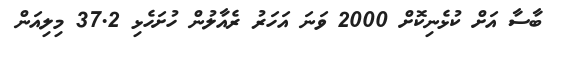
ބާސާ އަށް ކުޅެނިކޮށް 2000 ވަނަ އަހަރު ރެއާލުން ހުށަހެޅި 37.2 މިލިއަން